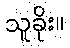
သူခိုး။